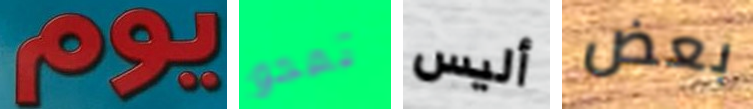
يوم تمحو أليس بعض